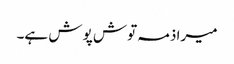
میرا ذمہ توش پوش ہے۔